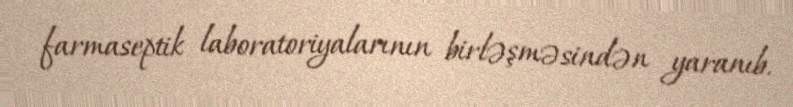
farmaseptik laboratoriyalarının birləşməsindən yaranıb.